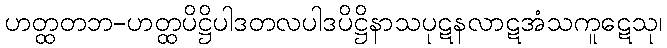
ဟတ္ထတဘ-ဟတ္ထပိဋ္ဌိပါဒတလပါဒပိဋ္ဌိနာသပုဋနလာဋအံသကူဋေသု၊